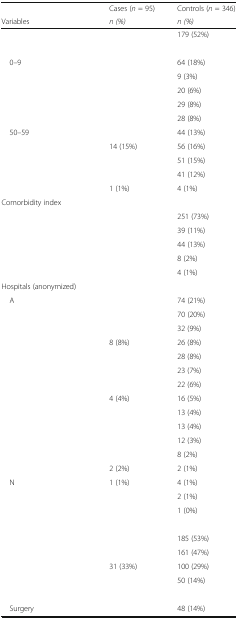
<table><thead><tr><td>[EMPTY_CELL]</td><td><b>Cases (<i>n</i> = 95)</b></td><td><b>Controls (<i>n</i> = 346)</b></td></tr><tr><td><b>Variables</b></td><td><b><i>n (%)</i></b></td><td><b><i>n (%)</i></b></td></tr></thead><tbody><tr><td>[EMPTY_CELL]</td><td>[EMPTY_CELL]</td><td>179 (52%)</td></tr><tr><td colspan="3">[EMPTY_CELL]</td></tr><tr><td> 0–9</td><td>[EMPTY_CELL]</td><td>64 (18%)</td></tr><tr><td>[EMPTY_CELL]</td><td>[EMPTY_CELL]</td><td>9 (3%)</td></tr><tr><td>[EMPTY_CELL]</td><td>[EMPTY_CELL]</td><td>20 (6%)</td></tr><tr><td>[EMPTY_CELL]</td><td>[EMPTY_CELL]</td><td>29 (8%)</td></tr><tr><td>[EMPTY_CELL]</td><td>[EMPTY_CELL]</td><td>28 (8%)</td></tr><tr><td> 50–59</td><td>[EMPTY_CELL]</td><td>44 (13%)</td></tr><tr><td>[EMPTY_CELL]</td><td>14 (15%)</td><td>56 (16%)</td></tr><tr><td>[EMPTY_CELL]</td><td>[EMPTY_CELL]</td><td>51 (15%)</td></tr><tr><td>[EMPTY_CELL]</td><td>[EMPTY_CELL]</td><td>41 (12%)</td></tr><tr><td>[EMPTY_CELL]</td><td>1 (1%)</td><td>4 (1%)</td></tr><tr><td colspan="3">Comorbidity index</td></tr><tr><td>[EMPTY_CELL]</td><td>[EMPTY_CELL]</td><td>251 (73%)</td></tr><tr><td>[EMPTY_CELL]</td><td>[EMPTY_CELL]</td><td>39 (11%)</td></tr><tr><td>[EMPTY_CELL]</td><td>[EMPTY_CELL]</td><td>44 (13%)</td></tr><tr><td>[EMPTY_CELL]</td><td>[EMPTY_CELL]</td><td>8 (2%)</td></tr><tr><td>[EMPTY_CELL]</td><td>[EMPTY_CELL]</td><td>4 (1%)</td></tr><tr><td colspan="3">Hospitals (anonymized)</td></tr><tr><td> A</td><td>[EMPTY_CELL]</td><td>74 (21%)</td></tr><tr><td>[EMPTY_CELL]</td><td>[EMPTY_CELL]</td><td>70 (20%)</td></tr><tr><td>[EMPTY_CELL]</td><td>[EMPTY_CELL]</td><td>32 (9%)</td></tr><tr><td>[EMPTY_CELL]</td><td>8 (8%)</td><td>26 (8%)</td></tr><tr><td>[EMPTY_CELL]</td><td>[EMPTY_CELL]</td><td>28 (8%)</td></tr><tr><td>[EMPTY_CELL]</td><td>[EMPTY_CELL]</td><td>23 (7%)</td></tr><tr><td>[EMPTY_CELL]</td><td>[EMPTY_CELL]</td><td>22 (6%)</td></tr><tr><td>[EMPTY_CELL]</td><td>4 (4%)</td><td>16 (5%)</td></tr><tr><td>[EMPTY_CELL]</td><td>[EMPTY_CELL]</td><td>13 (4%)</td></tr><tr><td>[EMPTY_CELL]</td><td>[EMPTY_CELL]</td><td>13 (4%)</td></tr><tr><td>[EMPTY_CELL]</td><td>[EMPTY_CELL]</td><td>12 (3%)</td></tr><tr><td>[EMPTY_CELL]</td><td>[EMPTY_CELL]</td><td>8 (2%)</td></tr><tr><td>[EMPTY_CELL]</td><td>2 (2%)</td><td>2 (1%)</td></tr><tr><td> N</td><td>1 (1%)</td><td>4 (1%)</td></tr><tr><td>[EMPTY_CELL]</td><td>[EMPTY_CELL]</td><td>2 (1%)</td></tr><tr><td>[EMPTY_CELL]</td><td>[EMPTY_CELL]</td><td>1 (0%)</td></tr><tr><td colspan="3">[EMPTY_CELL]</td></tr><tr><td>[EMPTY_CELL]</td><td>[EMPTY_CELL]</td><td>185 (53%)</td></tr><tr><td>[EMPTY_CELL]</td><td>[EMPTY_CELL]</td><td>161 (47%)</td></tr><tr><td>[EMPTY_CELL]</td><td>31 (33%)</td><td>100 (29%)</td></tr><tr><td>[EMPTY_CELL]</td><td>[EMPTY_CELL]</td><td>50 (14%)</td></tr><tr><td colspan="3">[EMPTY_CELL]</td></tr><tr><td> Surgery</td><td>[EMPTY_CELL]</td><td>48 (14%)</td></tr></tbody></table>